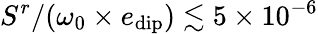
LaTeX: S^{r}/(\omega_{0}\times e_{\mathrm{dip}})\lesssim 5\times 10^{-6}